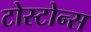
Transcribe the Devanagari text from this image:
टोस्टोन्स